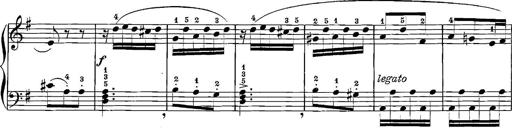
Title: 12 Sonatinas
Composer: Ignaz Pleyel